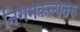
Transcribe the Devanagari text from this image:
निगमकल्पतरु